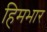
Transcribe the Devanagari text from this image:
हिमभार